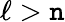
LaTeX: \ell>\mathtt{n}